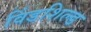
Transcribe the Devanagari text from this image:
विंडशिल्ड